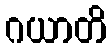
ဂယာတိ